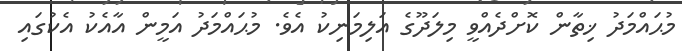
މުޙައްމަދު ޚިތާން ކޮށްދެއްވީ މިލަދޫގެ އަލިމަނިކު އެވެ. މުޙައްމަދު އަމީން އާއެކު އެކުގައި